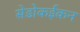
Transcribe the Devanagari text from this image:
सेडोकईकन